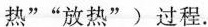
热”“放热”)过程.